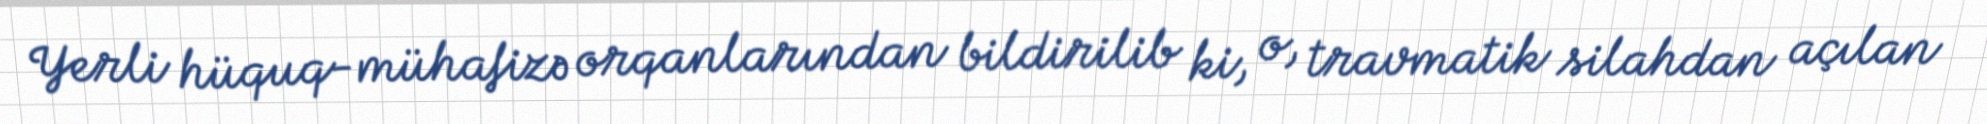
Yerli hüquq-mühafizə orqanlarından bildirilib ki, o, travmatik silahdan açılan